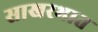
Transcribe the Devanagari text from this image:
साखरभात